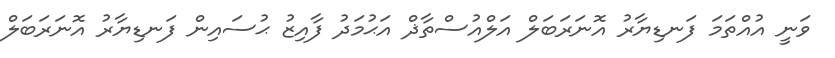
ވަނީ އުއްތަމަ ފަނޑިޔާރު އޮނަރަބަލް އަލްއުސްތާޛް އަޙުމަދު ފާއިޒު ޙުސައިން ފަނޑިޔާރު އޮނަރަބަލް